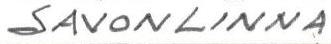
SAVONLINNA